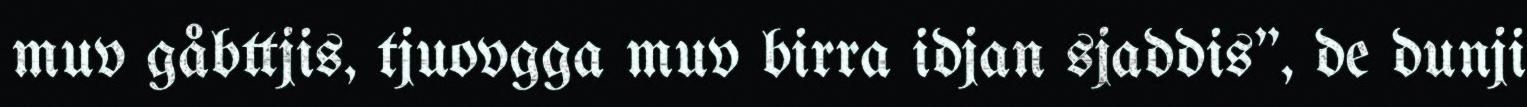
muv gåbttjis, tjuovgga muv birra idjan sjaddis", de dunji